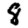
Digit: 8